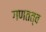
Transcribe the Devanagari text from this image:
गणतत्व